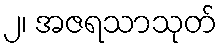
၂၊ အဇရသာသုတ်